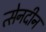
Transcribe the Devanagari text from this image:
त्सेनदीन